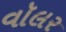
વૉલર